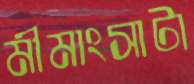
মীমাংসাটা